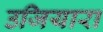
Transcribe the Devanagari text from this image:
उजियारा